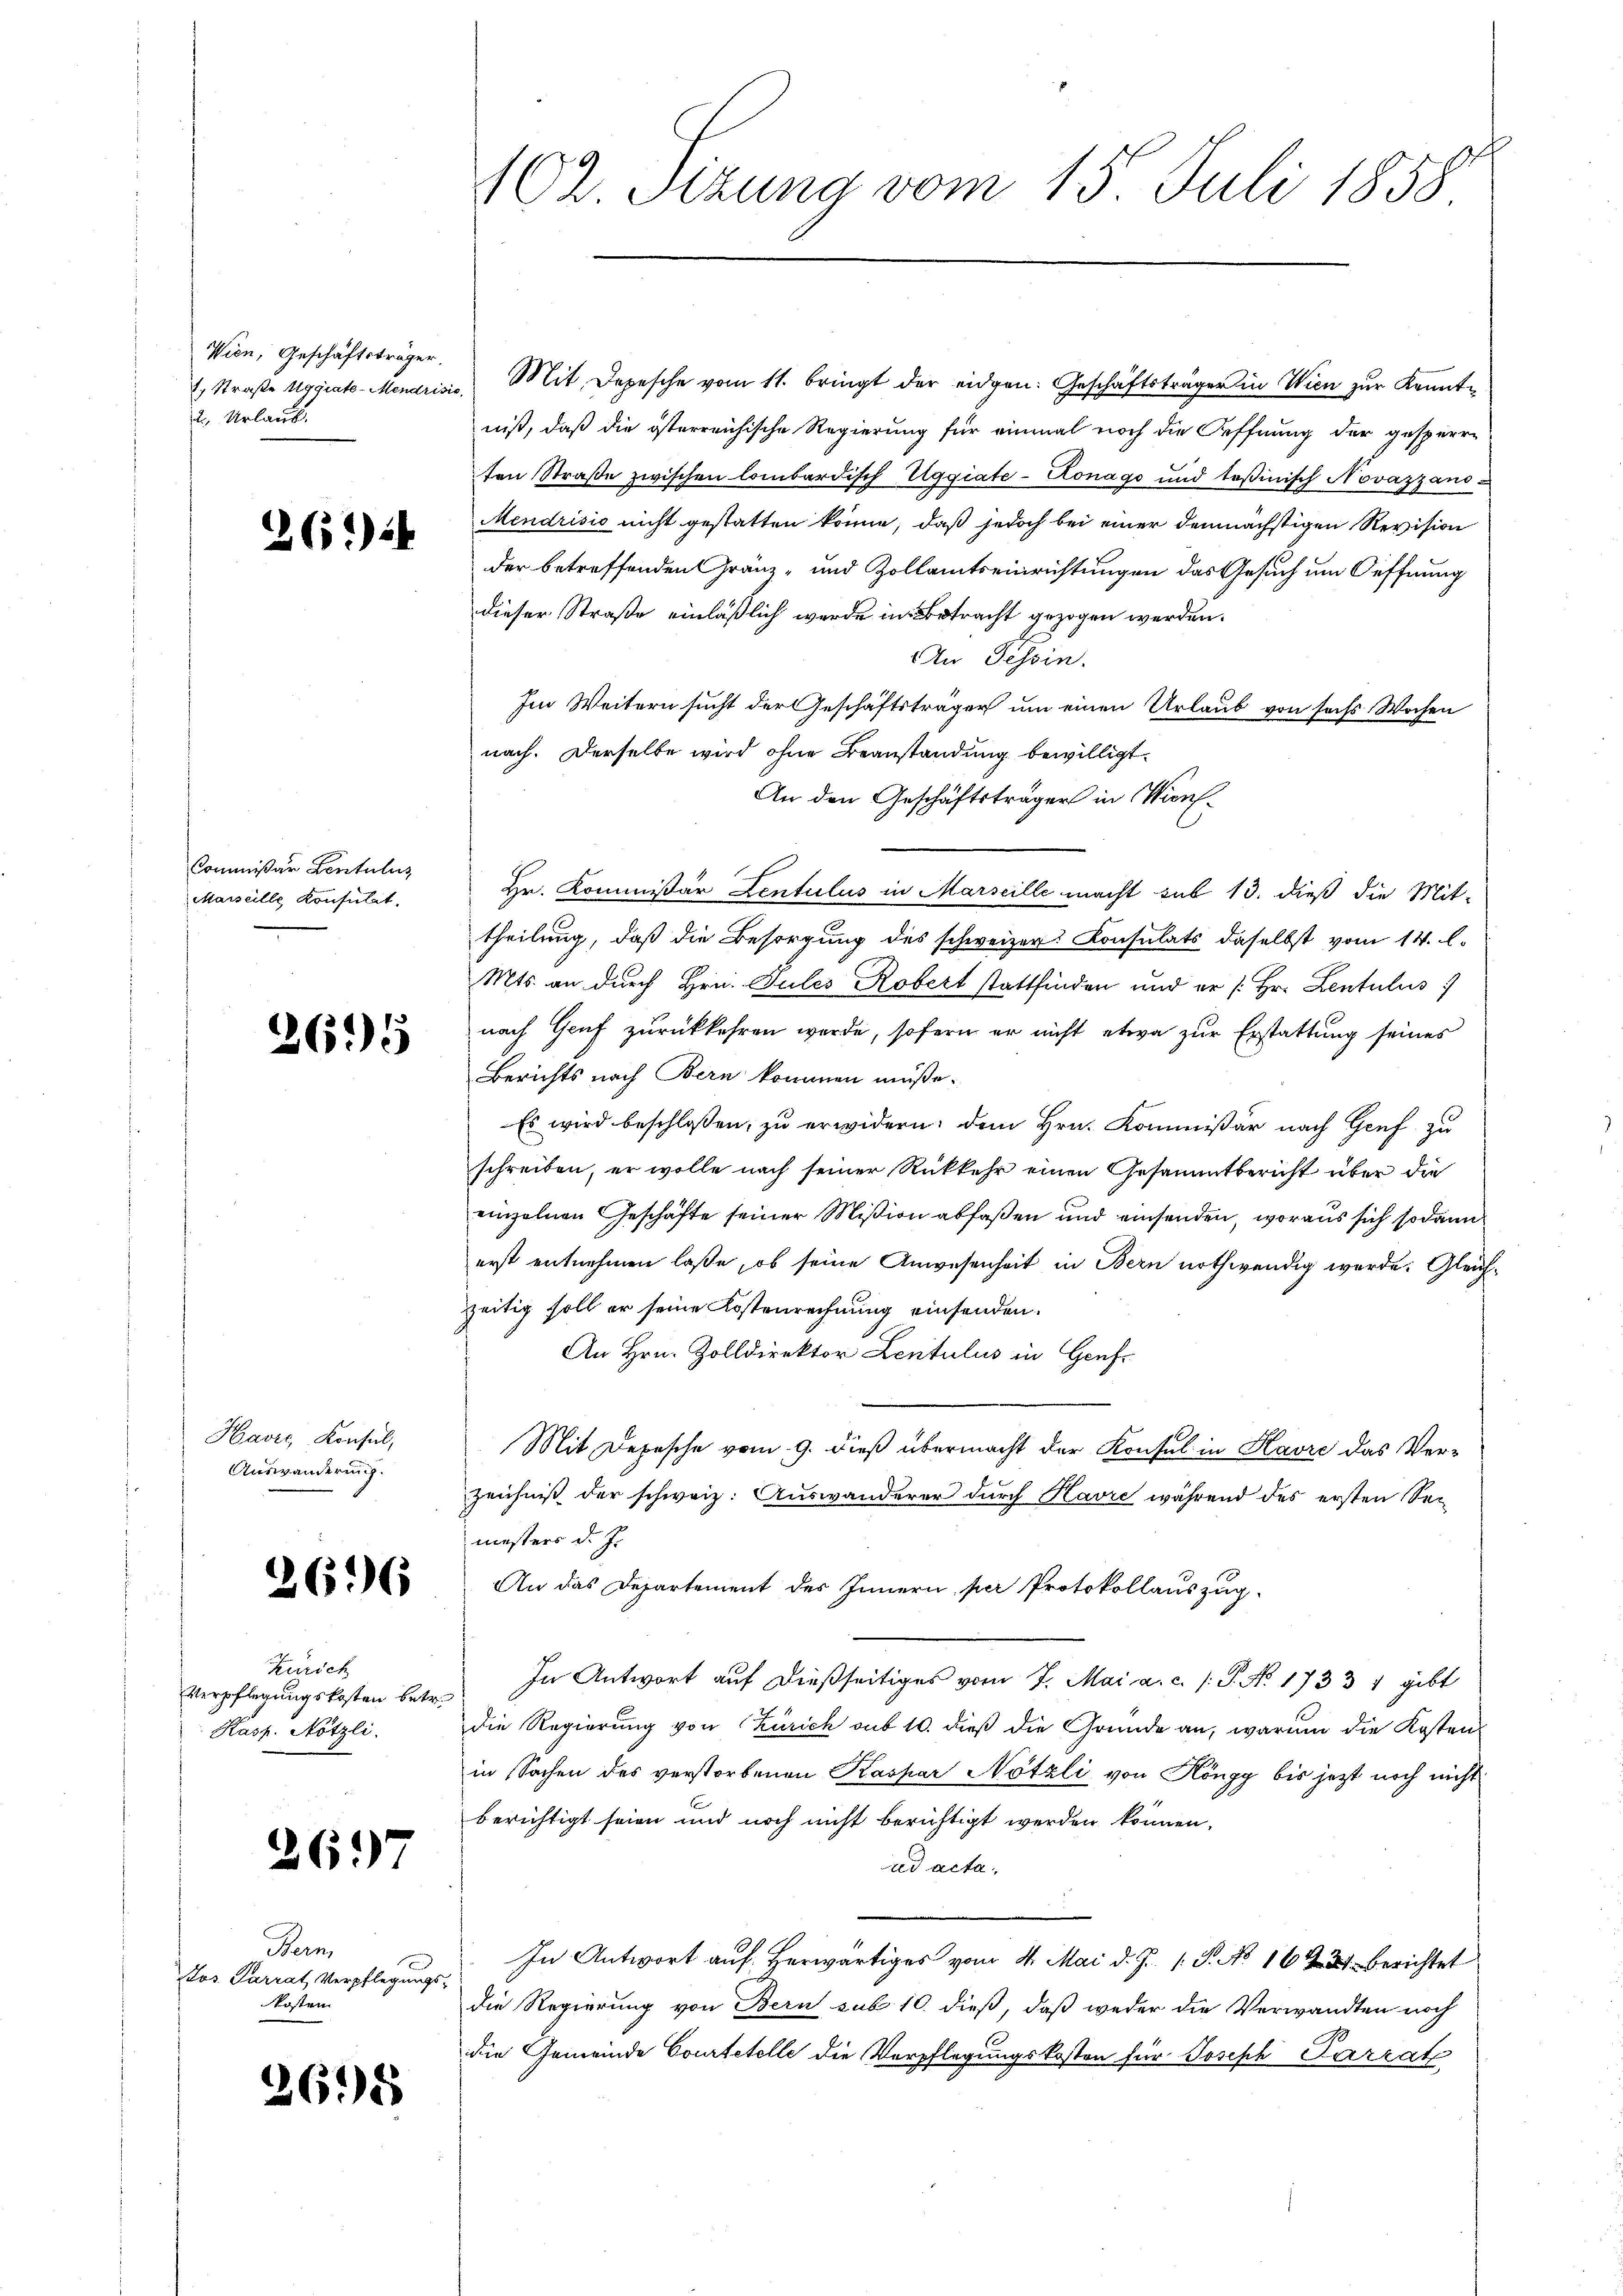
Wien, Geschäftsträger.
1. Straße aggiate-Mendrisie
2 Urlaub.

261)

Commißär Lentulus
Marseille Konsulat

2695

Kavić, Konsul,
Auswanderung.

266

Kürsch
Verpflegungskosten betr.
Kasp. Nötzli

2697

Bern
Jos. Parrat Verpflegungs-
Kosten

26.5

102. Sizung vom 15. Juli 1858

Mit Depesche vom 11. bringt der eidgen. Geschäftsträger in Wien zur Kenntniß, daß die österreichische Regierung für einmal noch die Oeffnung der gesperrten Straße zwischen lombardisch Uggiate-Konago und Teßinisch Novazzano¬
Mendrisis nicht gestatten könne, daß jedoch bei einer demnächstigen Revision
der betreffenden Gränz- und Zollamtseinrichtungen das Gesuch um Oeffnung
dieser Straße einläßlich werde in Betracht gezogen werden.
An Tessin.
Im Weitern sucht der Geschäftsträger um einen Urlaub von sechs Wochen
nach. Derselbe wird ohne Beanstandung bewilligt.
An den Geschäftsträger in Win¬
Hr. Kommissär Lentulus in Marseille macht sub 13. dieß die Mit-
theilung, daß die Besorgung des schweizer Konsulats daselbst vom 14. A.
Mts. an durch Hrn. Sules Robert stattfinden und er /: Hr. Lentulus
nach Genf zurückkehren werde, sofern er nicht etwa zur Erstattung seines
Berichts nach Bern kommen müsse.
Es wird beschlossen, zu erwidern, dem Hrn. Kommissär nach Genf zu
schreiben, er wolle nach seiner Rückkehr einen Gesammtbericht über die
einzelnen Geschäfte seiner Mißion abfaßen und einsenden, woraus sich sodann
erst entnehmen laße, ob seine Anwesenheit in Bern nothwendig werde. Gleichzeitig soll er seine Kostenrechnung einsenden.
An Hrn. Zolldirektor Lentulus in Genf
Mit Depesche vom 9. dieß übermacht der Konsul in Havre das Verzeichniß der schweiz. Auswanderer durch Havre während des ersten Semesters d. J.
An das Departement des Innern, per Protokollauszug-
In Antwort auf dießseitiges vom 7. Mai a. c. s. S. No. 1733 1 gibt
die Regierung von Zürich sub 10. dieß die Gründe an, warum die Kosten
in Sachen des verstorbenen Kaspar Nötzli von Höngg bis jetzt noch nicht
berichtigt seien und noch nicht berichtigt werden können.
ad acta
In Antwort auf herwärtiges vom 4. Mai d. J. 1. P. No 16437 berichtet
die Regierung von Bern sub 10. dieß, daß weder die Verwandten noch
die Gemeinde Courtetelle die Verpflegungskosten für Joseph Parrat